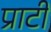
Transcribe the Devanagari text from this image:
प्राटी